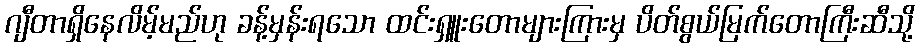
ဂျီတာရှိနေလိမ့်မည်ဟု ခန့်မှန်းရသော ထင်းရှူးတောများကြားမှ ပိတ်စွယ်မြက်တောကြီးဆီသို့